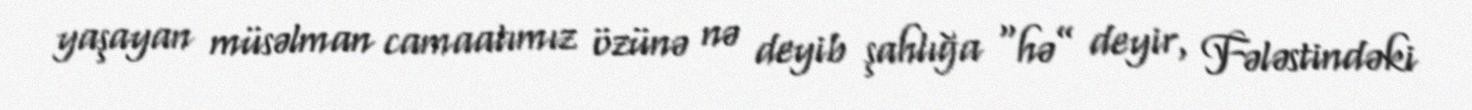
yaşayan müsəlman camaatımız özünə nə deyib şahlığa “hə” deyir, Fələstindəki